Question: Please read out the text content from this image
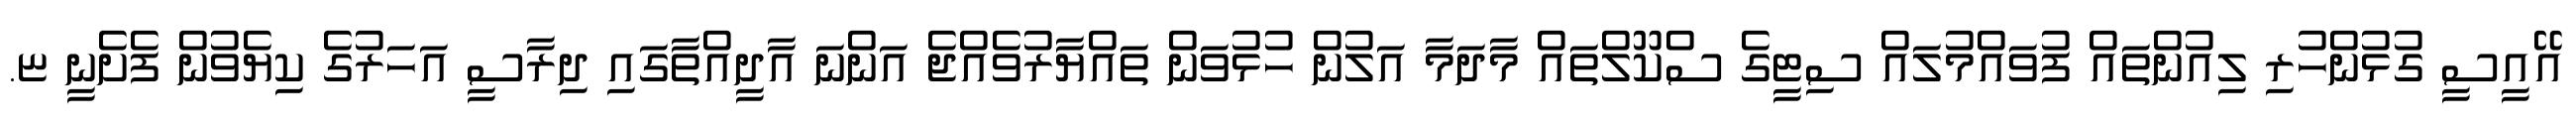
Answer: އޭއީސީ ގުޅުންހުރި ލިއުންތައް ފުވައްމުލައް ސިޓީގެ ސްކޫލްތައް މާދަމާ އަލުން ހުޅުވަން ތައްޔާރުވެއްޖެ އަންނަ އާދީއްތާގައި ދިރާސީ އަހަރުގެ ކިޔެވުން ފެށެނީ ޏ.